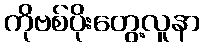
ကိုဗစ်ပိုးတွေ့လူနာ